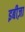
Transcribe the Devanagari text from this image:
इबीज़ा